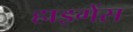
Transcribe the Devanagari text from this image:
हाइगेंस